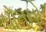
પોતનો